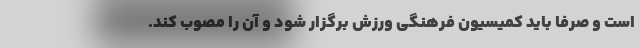
است و صرفا باید کمیسیون فرهنگی ورزش برگزار شود و آن را مصوب کند.